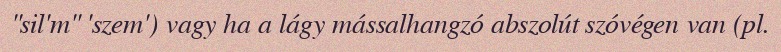
"sil'm" 'szem') vagy ha a lágy mássalhangzó abszolút szóvégen van (pl.